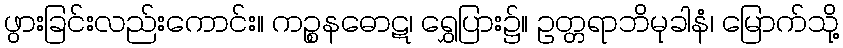
ဖွားခြင်းလည်းကောင်း။ ကဉ္စနဓောဋ၊ ရွှေပြား၌။ ဥတ္တရာဘိမုခါနံ၊ မြောက်သို့